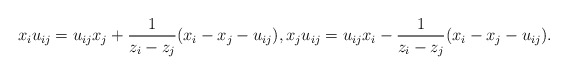
\begin{gather*}x_i u_{ij}=u_{ij} x_j + {1 \over z_i - z_j} (x_i-x_j-u_{ij}), x_j u_{ij}=u_{ij} x_i - {1 \over z_i - z_j} (x_i-x_j-u_{ij}).\end{gather*}